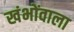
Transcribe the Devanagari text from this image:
खंभोंवाला